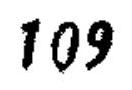
\(109\)